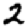
Digit: 2